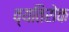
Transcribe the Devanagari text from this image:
व्यतिरोक